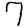
Digit: 7